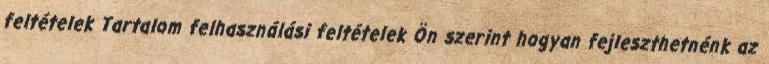
feltételek Tartalom felhasználási feltételek Ön szerint hogyan fejleszthetnénk az